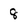
Character: 8